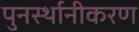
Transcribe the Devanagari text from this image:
पुनर्स्थानीकरण